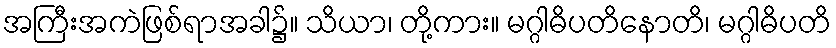
အကြီးအကဲဖြစ်ရာအခါ၌။ သိယာ၊ တို့ကား။ မဂ္ဂါဓိပတိနောတိ၊ မဂ္ဂါဓိပတိ